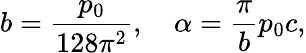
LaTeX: b={\frac{p_{0}}{128\pi^{2}}},\quad\alpha={\frac{\pi}{b}}p_{0}c,